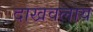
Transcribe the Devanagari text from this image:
दाखवलाय